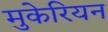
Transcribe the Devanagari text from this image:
मुकेरियन